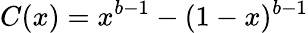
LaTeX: C(x)=x^{b-1}-(1-x)^{b-1}